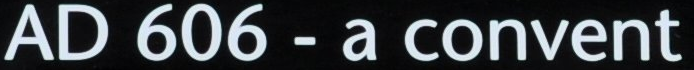
AD 606-a convent